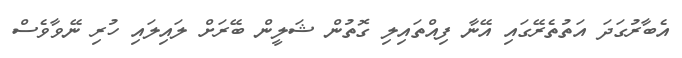
އެބާރުގަދަ އަތުތެރޭގައި އޭނާ ފިއްތައިލި ގޮތުން ޝަލީން ބޭރަށް ލައިލައި ހުރި ނޭވާވެސް